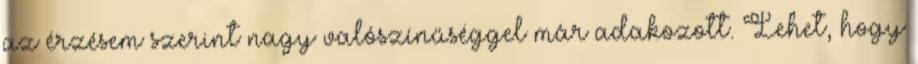
az érzésem szerint nagy valószínűséggel már adakozott. Lehet, hogy